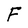
Character: F